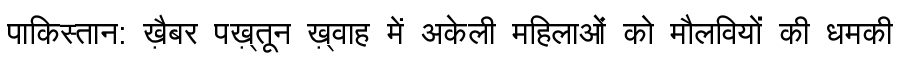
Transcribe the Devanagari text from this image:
पाकिस्तान: ख़ैबर पख़्तून ख़्वाह में अकेली महिलाओं को मौलवियों की धमकी